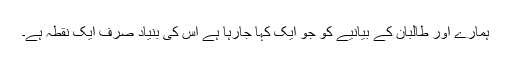
ہمارے اور طالبان کے بیانیے کو جو ایک کہا جارہا ہے اس کی بنیاد صرف ایک نقطہ ہے۔